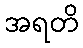
အရတိ